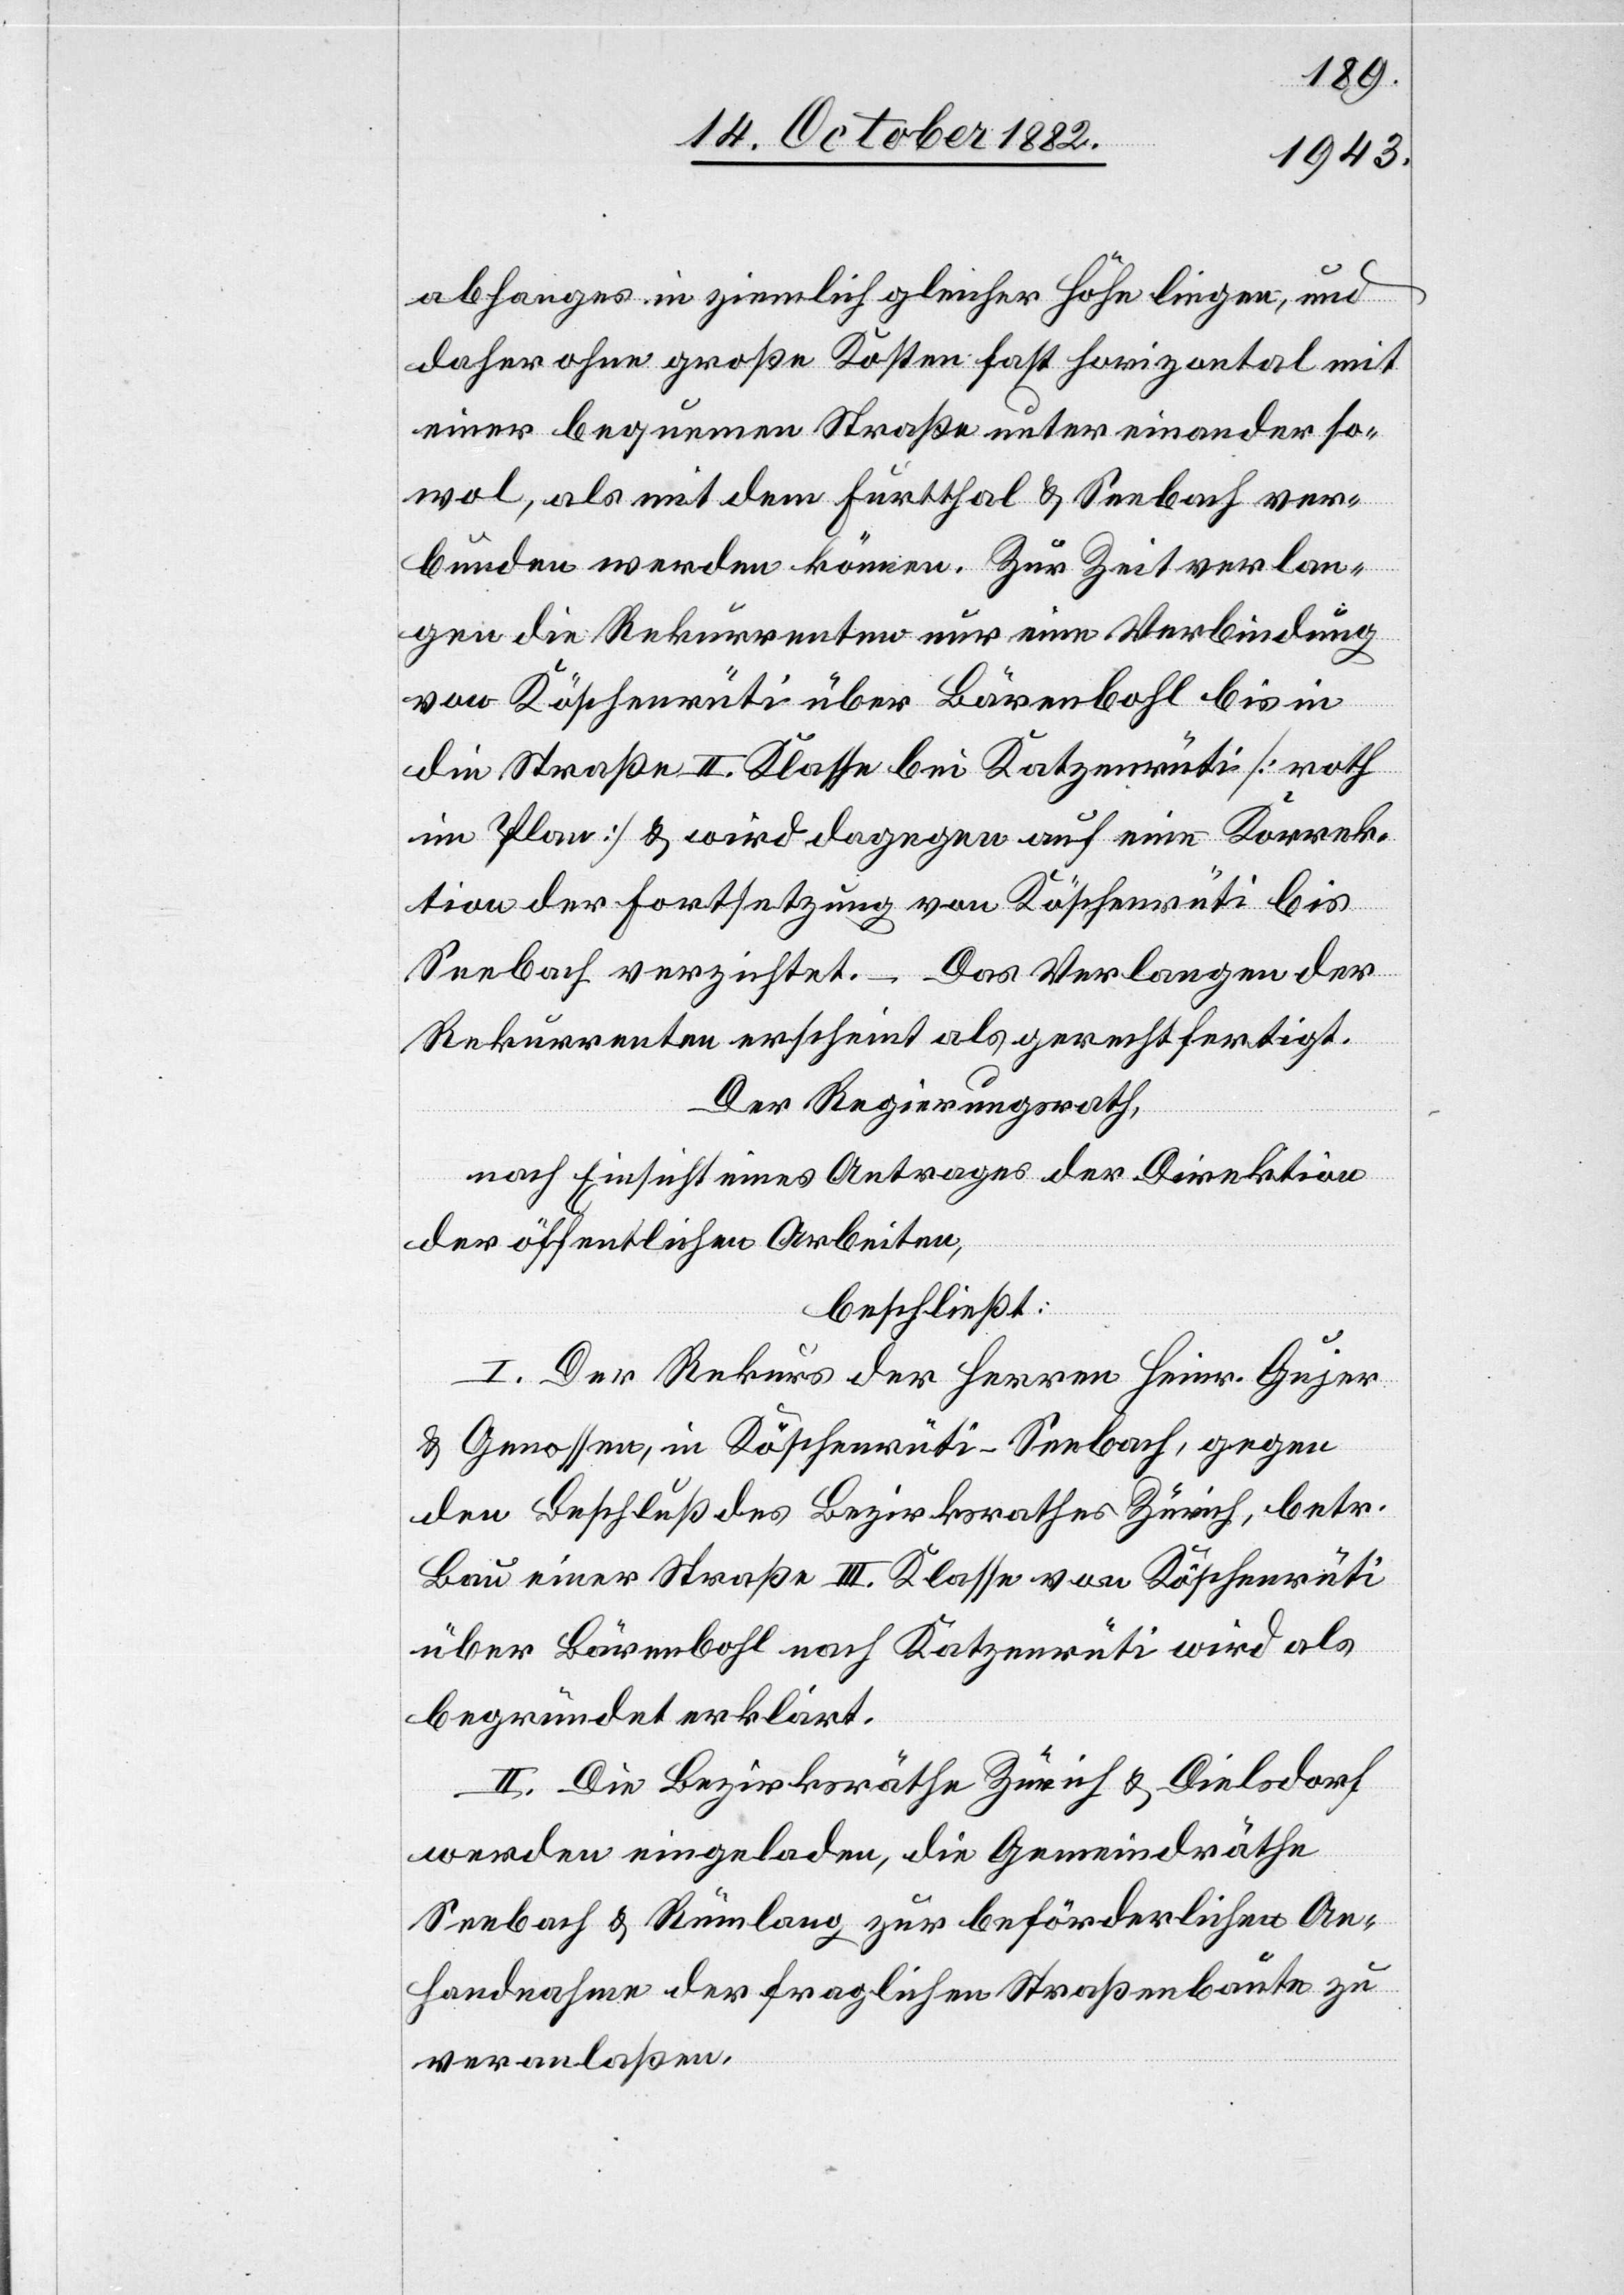
abhanges in ziemlich gleicher Höhe liegen, und
daher ohne große Kosten fast horizontal mit
einer bequemen Straße unter einander so¬
wol, als mit dem Furtthal & Seebach ver¬
bunden werden können. Zur Zeit verlan¬
gen die Rekurrenten nur eine Verbindung
von Köschenrüti über Bärenbohl bis in
die Straße II. Klasse bei Katzenrüti [roth
im Plan] & wird dagegen auf eine Korrek¬
tion der Fortsetzung von Köschenrüti bis
Seebach verzichtet. – Das Verlangen der
Rekurrenten erscheint als gerechtfertigt.
Der Regierungsrath,
nach Einsicht eines Antrages der Direktion
der öffentlichen Arbeiten,
beschließt:
I. Der Rekurs der Herren Heinr. Gujer
& Genossen, in Köschenrüti - Seebach, gegen
den Beschluß des Bezirksrathes Zürich, betr.
Bau einer Straße III. Klasse von Köschenrüti
über Bärenbohl nach Katzenrüti wird als
begründet erklärt.
II. Die Bezirksräthe Zürich & Dielsdorf
werden eingeladen, die Gemeindräthe
Seebach & Rümlang zur beförderlichen An¬
handnahme der fraglichen Straßenbaute zu
veranlaßen.